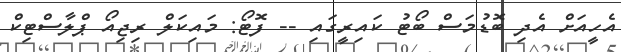
އެހީއަށް އެދި ބޮޑުމަސް ބޯޓު ކައިރީގައި -- ފޮޓޯ: މައިކަލް ރިޖިއޯ ޕްލާސްޓިކް